Annual statistical returns and brief notes on vaccination in Bengal - 1896-1909
Year: 1896
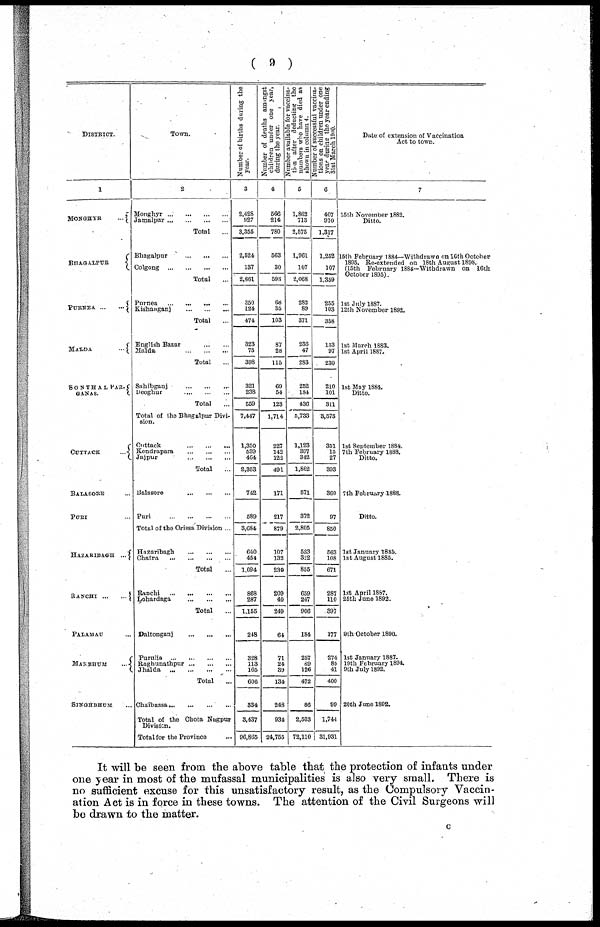
( 9 )
DISTRICT.
1
MONGHYR
...
BHAGALPUR
PURNEA ... ...
MALDA ...
SONTHAL PAR¬
GANAS.
CUTTACK ...
BALASORE ...
PURI ...
HAZARIBAGH ...
RANCHI ... ...
PALAMAU ...
MANBHUM ...
SINGHBHUM ...
Town.
2
Monghyr ... ... ... ...
Jamalpur ... ... ... ...
Total ...
Bhagalpur ... ... ...
Colgong ... ... ... ...
Total ...
Purnea ... ... ... ...
Kishanganj ... ... ...
Total ...
English Bazar ... ...
Malda ... ... ...
Total ...
Sahibganj ... ... ...
Deoghur ... ... ...
Total ...
Total of the Bhagalpur Divi-
sion.
Cuttack ... ... ...
Kendrapara ... ... ...
Jaipur ... ... ...
Total ...
Balasore ... ... ...
Puri ... ... ... ...
Total of the Orissa Division ...
Hazaribagh ... ... ...
Chatra ... ... ... ...
Total ...
Ranchi ... ... ... ...
Lohardaga ... ... ...
Total ...
Daltonganj ... ... ...
Purulia ... ... ... ...
Raghunathpur... ... ...
Jhalda ... ... ... ...
Total ...
Chaibassa... ... ... ...
Total of the Chota Nugpur
Division.
Total for the Province ...
Number of births during the
year.
3
2,428
927
3,355
2,524
137
2,661
350
124
474
323
75
398
321
238
559
7,447
1,350
539
464
2,353
742
589
3,684
640
454
1,094
868
287
1,155
248
328
113
165
606
334
3,437
96,865
Number of deaths amongst
children under one year.
during the year.
4
566
214
780
563
30
593
68
35
103
87
28
115
69
54
123
1,714
227
142
122
491
171
217
879
107
132
239
209
40
249
64
71
24
39
134
248
934
24,755
Number available for vaccina¬
tion after deducting the
numbers who have died as
shown in column 4.
5
1,862
713
2,575
1,961
107
2,068
282
89
371
236
47
283
252
184
436
5,733
1,123
397
342
1,862
571
372
2,805
533
322
855
659
247
906
184
257
89
126
472
86
2,503
72,110
Number of successful vaccina-
tions on children under one
year during the year ending
31st March 1900.
6
407
910
1,317
1,252
107
1,359
255
103
358
133
97
230
210
101
311
3,575
351
15
27
393
360
97
850
563
108
671
287
110
397
177
274
85
41
400
99
1,744
31,931
Date of extension of Vaccination
Act to town.
7
15th November 1882.
Ditto.
15th February 1884—Withdrawn on 16th October
1895. Re-extended on 18th August 1898.
(15th February l884—Withdrawn on 16th.
October 1895).
1st July 1887.
12th November 1892.
1st March 1883.
1st April 1887.
1st May 1884.
Ditto.
1st September 1884.
7th February 1888.
Ditto.
7th February 1888.
Ditto.
1st January 1885.
1st August 1885.
1st April 1887.
25th June 1892.
9th October 1890.
1st January 1887.
19th February 1894.
9th July 1892.
20th June 1892.
It will be seen from the above table that the protection of infants under
one year in most of the mufassal municipalities is also very small. There is
no sufficient excuse for this unsatisfactory result, as the Compulsory Vaccin-
ation Act is in force in these towns. The attention of the Civil Surgeons will
be drawn to the matter.
c